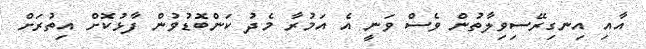
އާއި އިނގިރޭސިވިލާތުން ވެސް ވަނީ އެ އަމުރާ މެދު ކަންބޮޑުވުން ފާޅުކޮށް އިތުރަށް